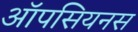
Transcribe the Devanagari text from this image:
ऑपसियनस